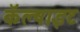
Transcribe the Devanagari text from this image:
कॅल्षाइट